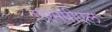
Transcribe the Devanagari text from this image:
एएमपीएल